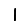
Digit: 1